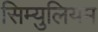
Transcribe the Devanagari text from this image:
सिम्युलियम